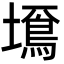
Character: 𡒚